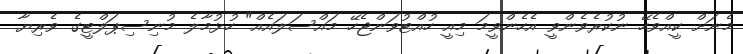
މެނަށް ކީއްވެހޭ ނުކުރެވެންވީ އެހެންވީމަ މިއީ ހުއްޓުވަންޖެހޭ މައްސަލައެއް" ހުޅުމާލެ މުނިސިޕަލްޓީގެ ވެރިޔާ